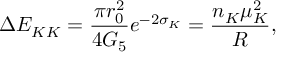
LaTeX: \Delta E _ { K K } = \frac { \pi r _ { 0 } ^ { 2 } } { 4 G _ { 5 } } e ^ { - 2 \sigma _ { K } } = \frac { n _ { K } \mu _ { K } ^ { 2 } } { R } ,